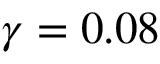
\gamma = 0 . 0 8